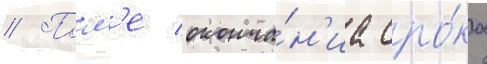
// Посл'е оконча́н'иа сро́ка